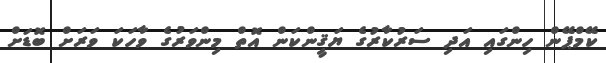
ކޭމްޕޭން ހިންގައި އަދި ސަރުކާރުގެ ޔަޤީންކަން އޮތް މިންވަރުގެ ވާހަކަ ވަރަށް ބޮޑަށް